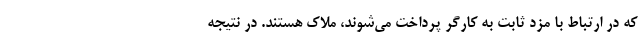
که در ارتباط با مزد ثابت به کارگر پرداخت می‌شوند، ملاک هستند. در نتیجه